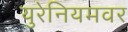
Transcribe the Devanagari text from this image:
युरेनियमवर